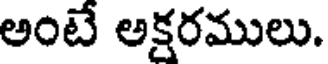
అంటే అక్షరములు.